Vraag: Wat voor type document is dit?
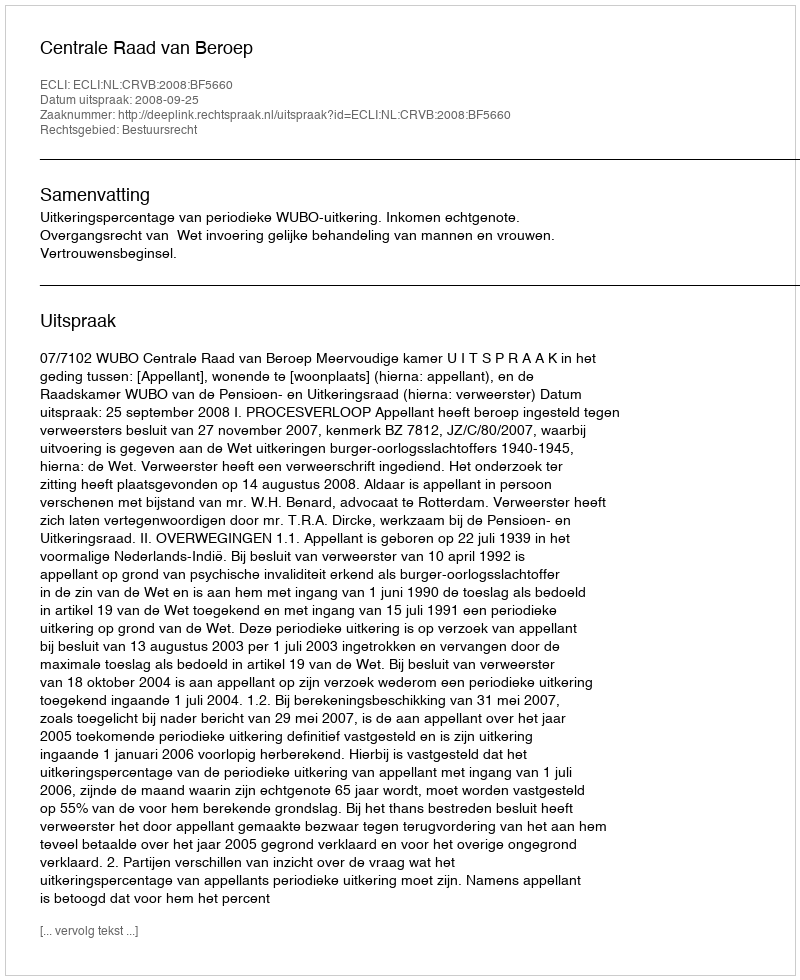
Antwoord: Uitspraak